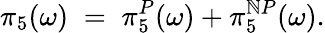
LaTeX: \pi_{5}(\omega)\; =\; \pi_{5}^{P}(\omega)+\pi_{5}^{\mathbb{N}P}(\omega).